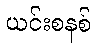
ယင်းစနစ်